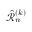
\Hat { \mathcal { R } } _ { n } ^ { ( k ) }